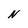
Character: N